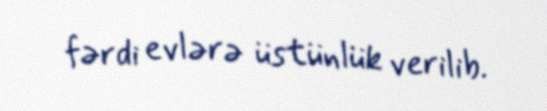
fərdi evlərə üstünlük verilib.